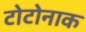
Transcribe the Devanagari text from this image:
टोटोनाक